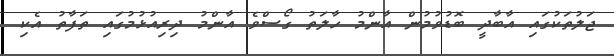
ޖަލުތަކުގައި އާބާދީ ބޮޑުވުމުން އާންމު ހާލަތު ގޯސްވެ އާންމު ދިރިއުޅުމުގައި ތަފާތު އެކި